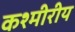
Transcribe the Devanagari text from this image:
कश्मीरीय